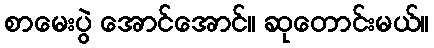
စာမေးပွဲ အောင်အောင်။ ဆုတောင်းမယ်။